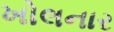
ખોલનાર